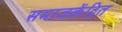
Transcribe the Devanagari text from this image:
समाजकेंद्रित